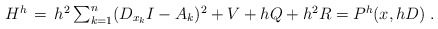
\begin{align*}\begin{array}{c} H^h\, =\, h^2 \sum_{k=1}^{n}(D_{x_k}I -A_k)^2 + V + hQ +h^2R=P^h(x,hD)\; . \end{array} \end{align*}